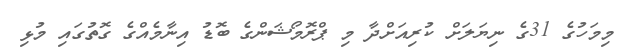
މިމަހުގެ 31ގެ ނިޔަލަށް ކުރިއަށްދާ މި ޕްރޮމޯޝަންގެ ބޮޑު އިނާމެއްގެ ގޮތުގައި މުޅި